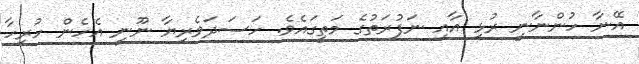
އޭނާ ހުންނާނީ ރުޅި އާއި ނަފުރަތުގެ މަތީގައެވެ. ހަސަދަވެރިޔާ ނޫނީ އެހެން ހުރިހާ